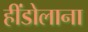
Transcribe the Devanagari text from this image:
हींडोलाना